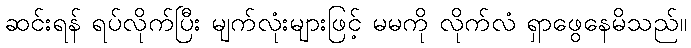
ဆင်းရန် ရပ်လိုက်ပြီး မျက်လုံးများဖြင့် မမကို လိုက်လံ ရှာဖွေနေမိသည်။